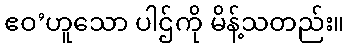
ဧဝ’ဟူသော ပါဌ်ကို မိန့်သတည်း။